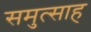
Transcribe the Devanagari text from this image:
समुत्साह